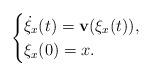
LaTeX: \begin{align*}\begin{cases} \dot{\xi}_x(t) = \mathbf{v}(\xi_x(t)), &\\ \xi_x(0)=x.\ \ &\end{cases}\end{align*}